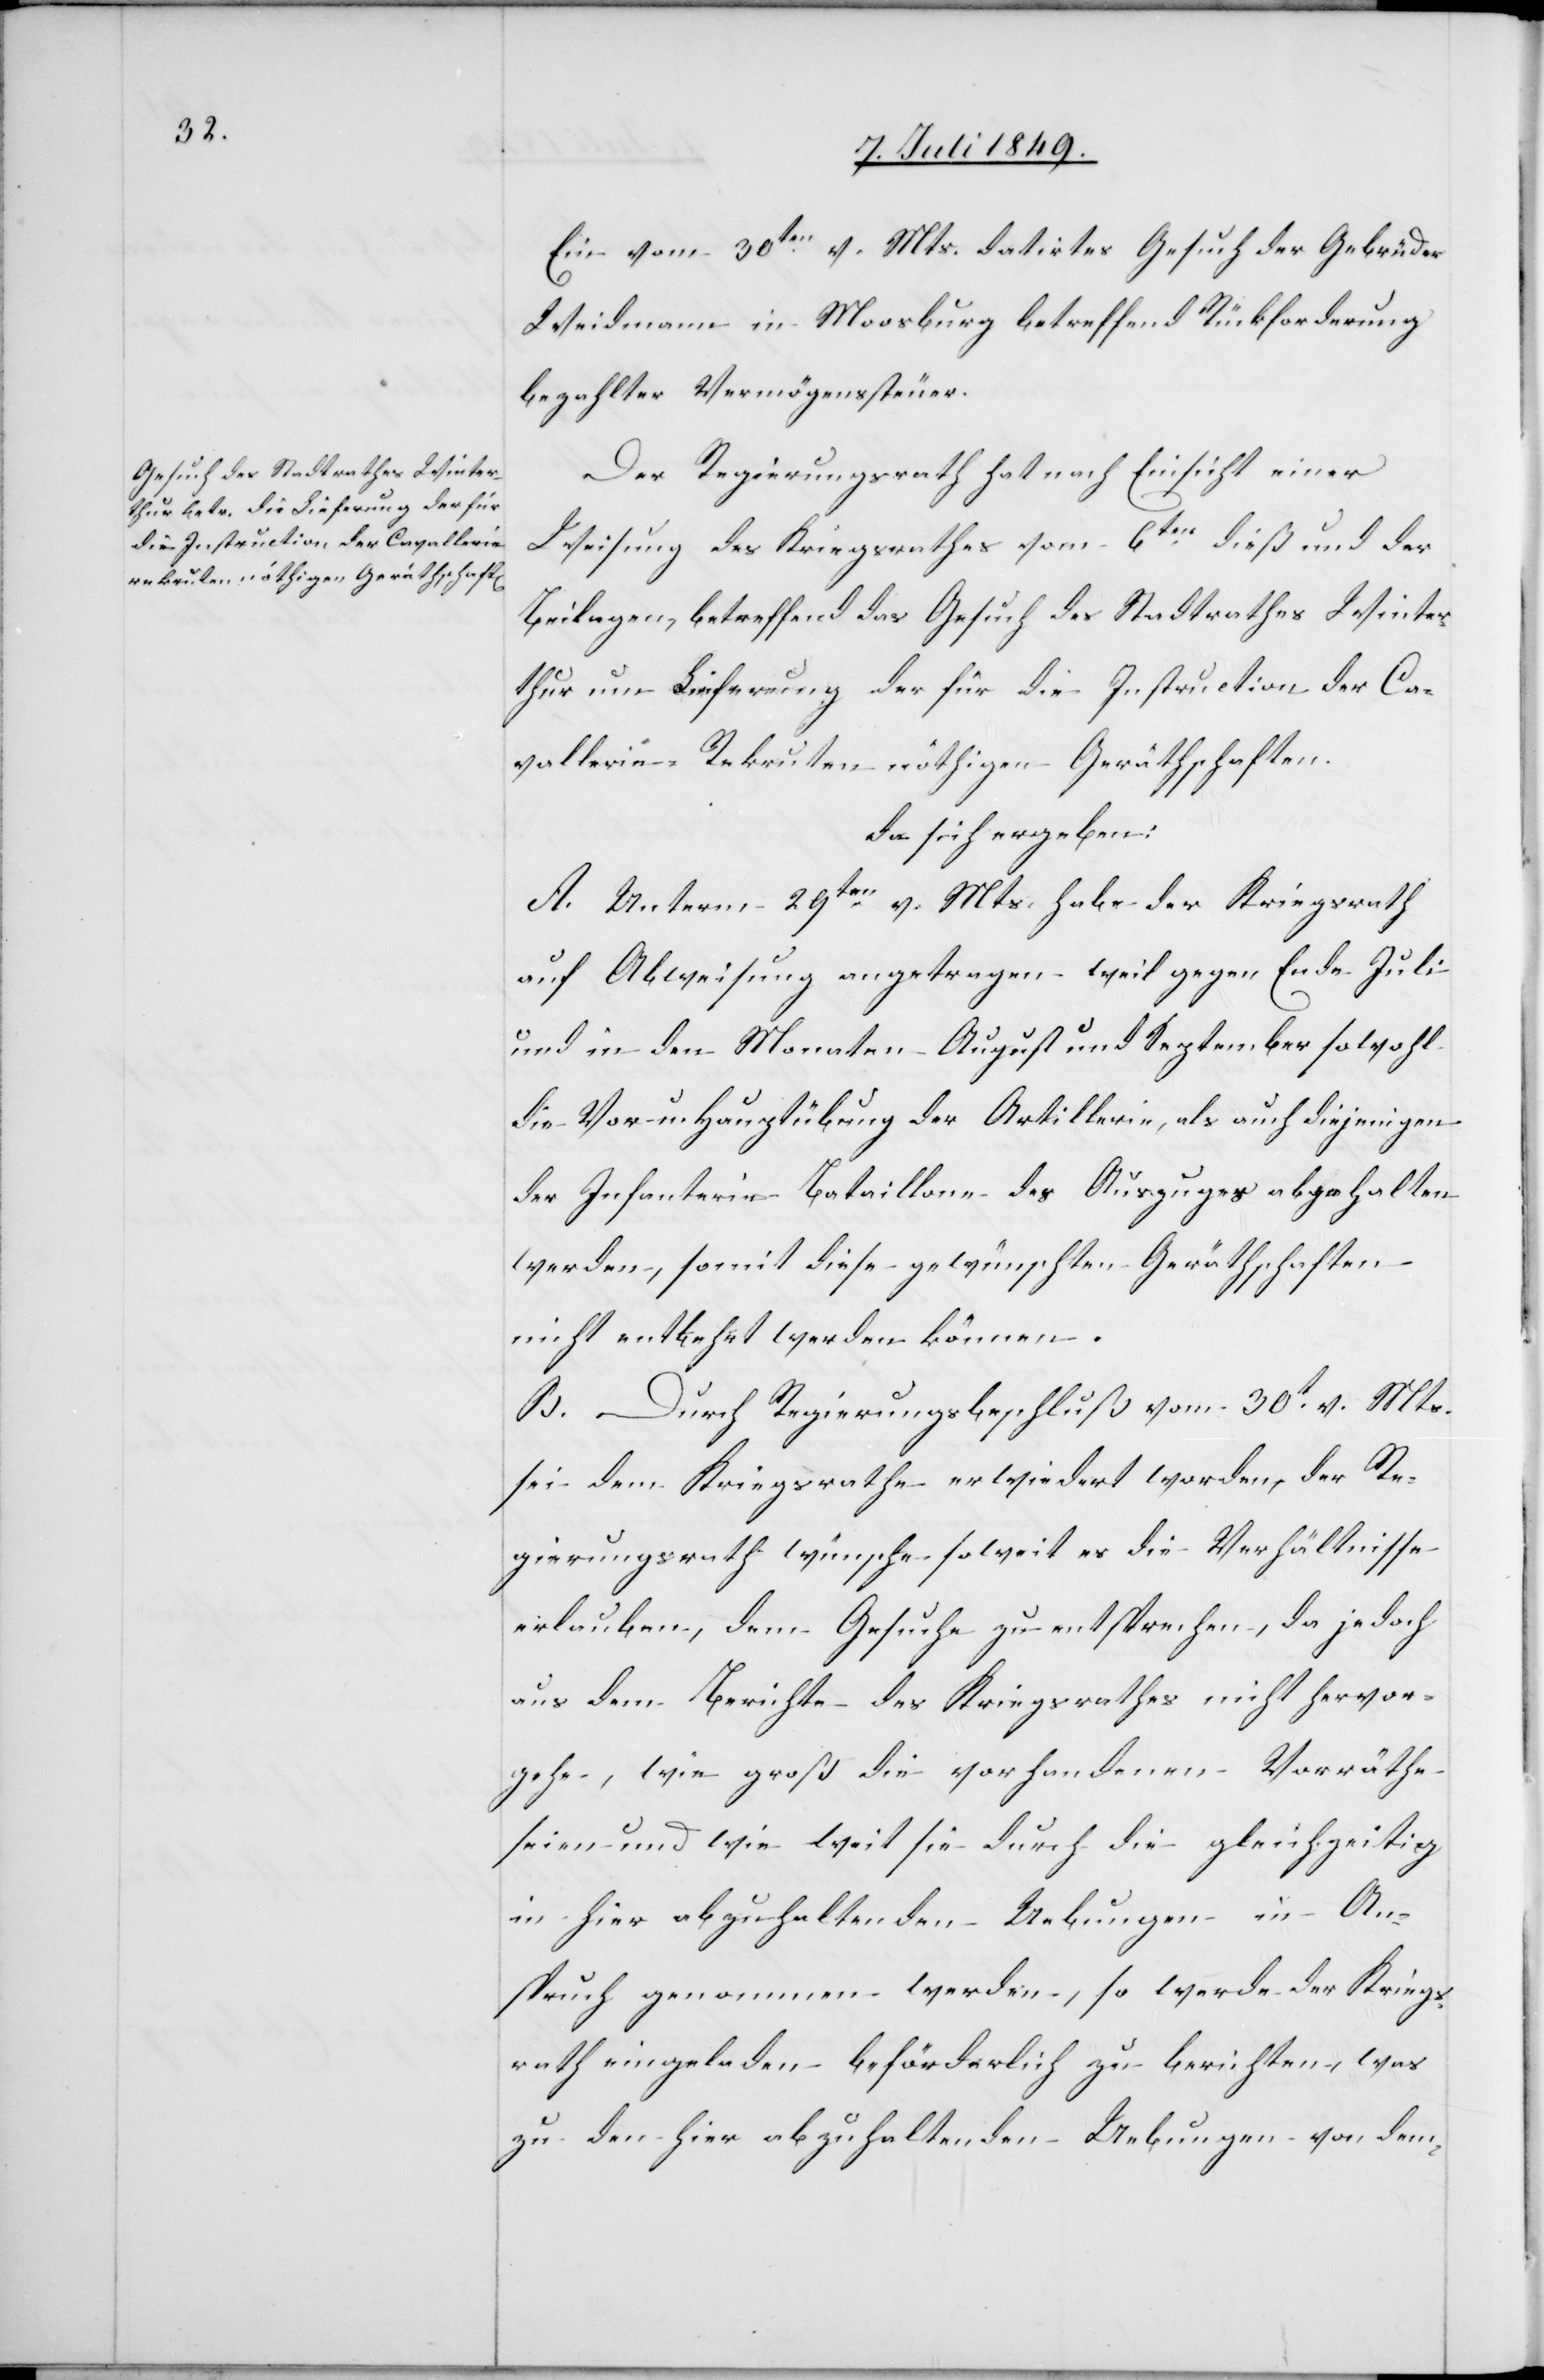
Ein vom 30ten v. Mts. datirtes Gesuch der Gebrüder
Weidmann in Moosburg betreffend Rückforderung
bezahlter Vermögenssteuer.
Der Regierungsrath hat nach Einsicht einer
Weisung des Kriegsrathes vom 6ten dieß und der
Beilagen, betreffend das Gesuch des Stadtrathes Winter¬
thur um Lieferung der für die Instruction der Ca¬
vallerie-Rekruten nöthigen Geräthschaften.
da sich ergeben:
A. Unterm 29ten v. Mts. habe der Kriegsrath
auf Abweisung angetragen weil gegen Ende Juli
und in den Monaten August und September sowohl
die Vor- und Hauptübung der Artillerie, als auch diejenigen
der Infanterie-Bataillon des Auszuges abgehalten
werden, somit diese gewünschten Geräthschaften
nicht entbehrt werden können.
B. Durch Regierungsbeschluß vom 30t v. Mts.
sei dem Kriegsrathe erwiedert worden, der Re¬
gierungsrathe wünsche so weit es die Verhältnisse
erlauben, dem Gesuche zu entsprechen, da jedoch
aus dem Berichte des Kriegsrathes nicht hervor¬
gehe, wie groß die vorhandenen Vorräthe
seien und wie weit sie durch die gleichzeitig
in hier abzuhaltenden Uebungen in An¬
spruch genommen werden, so werde der Kriegs¬
rath eingeladen beförderlich zu berichten, was
zu den hier abzuhaltenden Uebungen von dem-